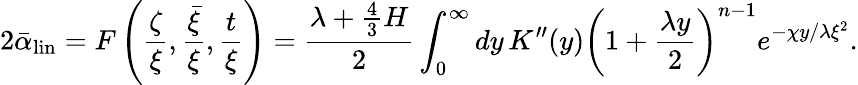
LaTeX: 2\bar{\alpha}_{\mathrm{lin}}=F\left({\frac{\zeta}{\xi}},{\frac{\bar{\xi}}{\xi}},{\frac{t}{\xi}}\right)={\frac{\lambda+{\frac{4}{3}}H}{2}}\int_{0}^{\infty}dy\, K^{\prime\prime}(y)\left(1+{\frac{\lambda y}{2}}\right)^{n-1}e^{-\chi y/\lambda\xi^{2}}.